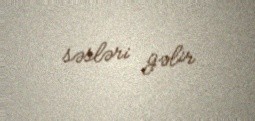
səsləri gəlir.